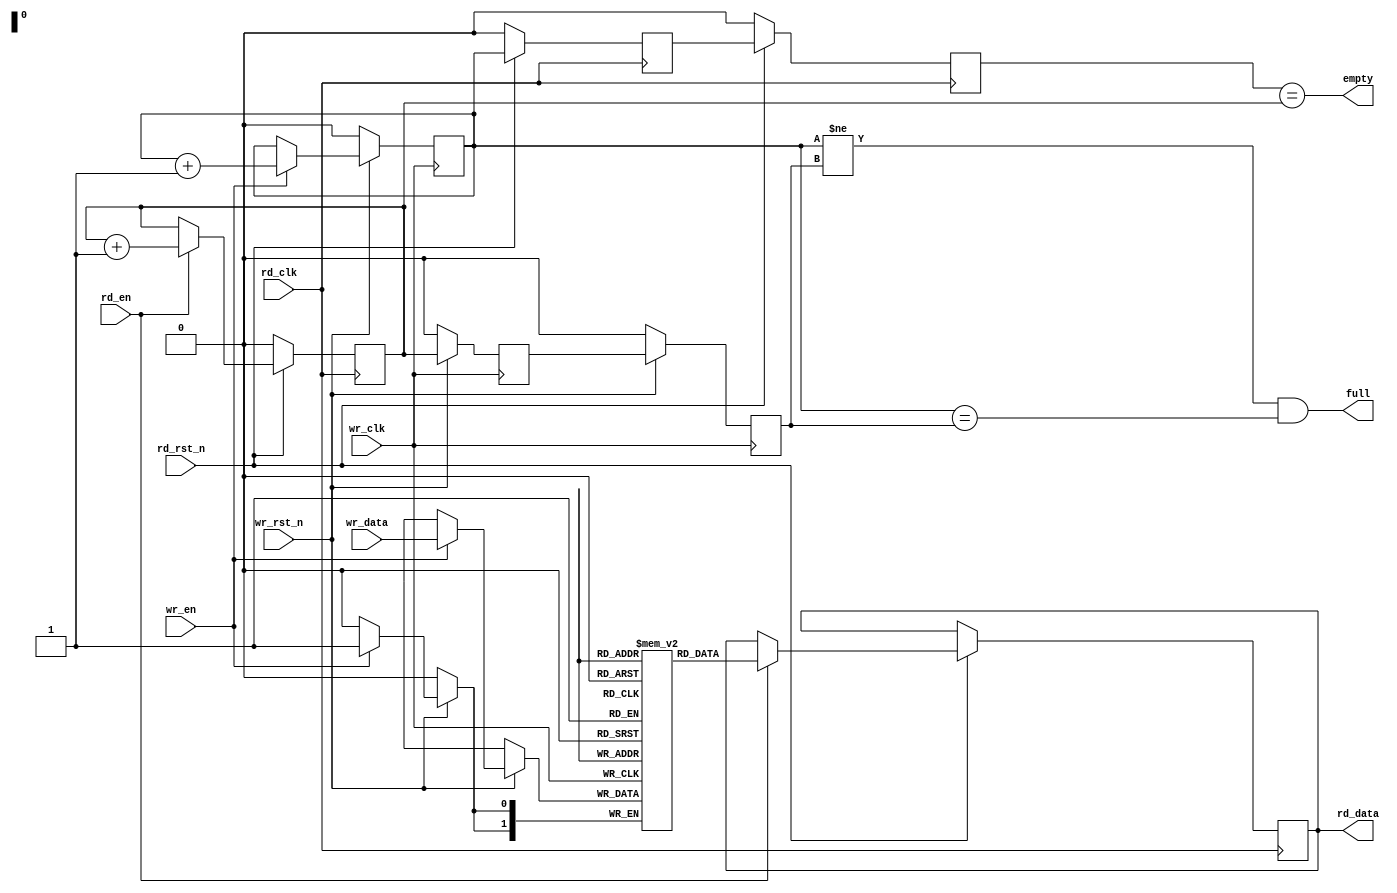
module async_fifo #(parameter N = 0, parameter ADDR = 0)(
	input wr_clk,
	input rd_clk,
	input wr_rst_n,
	input rd_rst_n,
	input wr_en,
	input rd_en,
	input [N-1:0] wr_data,

	output reg [N-1:0] rd_data,
	output full,
	output empty
);

	reg [N-1:0] fifo [0:2**(ADDR)-1];
	reg [ADDR:0] wr_pntr;
	reg [ADDR:0] rd_pntr;

	always@(posedge wr_clk) begin
		if(~wr_rst_n) begin
			wr_pntr <= 0;
		end else begin
			if(wr_en) begin
				fifo[wr_pntr[ADDR-1:0]] <= wr_data;
				wr_pntr <= wr_pntr + 1;
			end
		end
	end

	always@(posedge rd_clk) begin
		if(~rd_rst_n) begin
			rd_pntr <= 0;
		end else begin
			if(rd_en) begin
				rd_data <= fifo[rd_pntr[ADDR-1:0]];
				rd_pntr <= rd_pntr + 1;
			end
		end
	end

	wire [ADDR:0] wr_pntr_gray;
	assign wr_pntr_gray = wr_pntr ^ (wr_pntr >> 1);

	reg [ADDR:0] q_wr_pntr_gray;
	reg [ADDR:0] qq_wr_pntr_gray;

	wire [ADDR:0] rd_pntr_gray;
	assign rd_pntr_gray = rd_pntr ^ (rd_pntr >> 1);

	reg [ADDR:0] q_rd_pntr_gray;
	reg [ADDR:0] qq_rd_pntr_gray;

	always@(posedge rd_clk) begin
		if(~rd_rst_n) begin
			q_wr_pntr_gray <= 0;
			qq_wr_pntr_gray <= 0;
		end else begin
			q_wr_pntr_gray <= wr_pntr_gray;
			qq_wr_pntr_gray <= q_wr_pntr_gray;
		end
	end

	always@(posedge wr_clk) begin
		if(~wr_rst_n) begin
			q_rd_pntr_gray <= 0;
			qq_rd_pntr_gray <= 0;
		end else begin
			q_rd_pntr_gray <= rd_pntr_gray;
			qq_rd_pntr_gray <= q_rd_pntr_gray;
		end
	end

	assign empty = (qq_wr_pntr_gray == rd_pntr_gray);
	assign full = (wr_pntr_gray[ADDR] != qq_rd_pntr_gray[ADDR]) && (wr_pntr_gray[ADDR-1:0] == qq_rd_pntr_gray[ADDR-1:0]);
endmodule